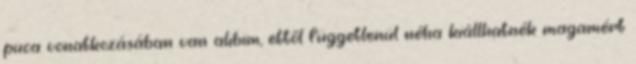
puca vonatkozásában van alibim, ettől függetlenül néha kiállhatnék magamért